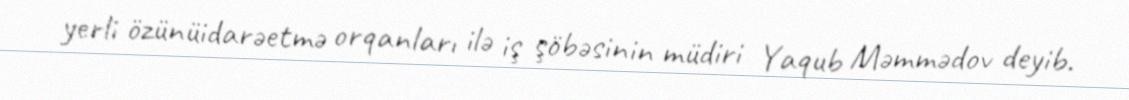
yerli özünüidarəetmə orqanları ilə iş şöbəsinin müdiri Yaqub Məmmədov deyib.